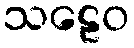
သဠေဝ